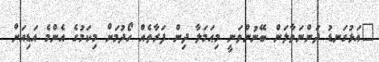
"އަޅުގަނޑު ދަންނަވާލަން ބޭނުންވަނީ މިޙަމަލާ ދިން ފަރާތެއް ހޯދުމަށް މިކަމުގެ އެންމެ އަޑިއަށް